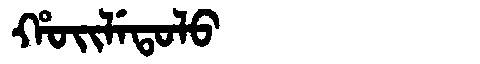
Manchu: ᡥᠣᡳᠯᡝᡨᠣᠯᠣ
Romanization: HOILETOLO